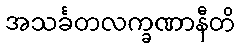
အသင်္ခတလက္ခဏာနီတိ